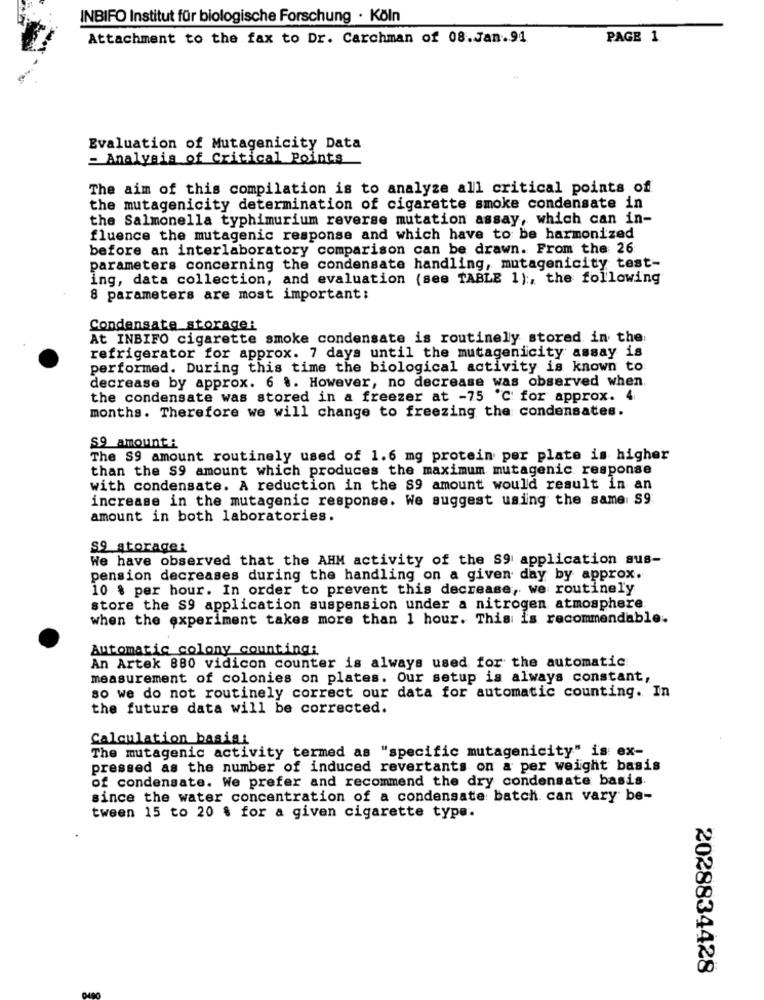
INBIFO Institut für biologische Forschung · Köln
Attachment to the fax to Dr. Carchman of 08.Jan.91
PAGE 1
Evaluation of Mutagenicity Data
= Analysis of Critical Points
The aim of this compilation is to analyze all critical points of
the mutagenicity determination of cigarette smoke condensate in
the Salmonella typhimurium reverse mutation assay, which can in-
fluence the mutagenic response and which have to be harmonized
before an interlaboratory comparison can be drawn. From the 26
parameters concerning the condensate handling, mutagenicity test-
ing, data collection, and evaluation (see TABLE 1) :, the following
8 parameters are most important:
Condensate storage:
At INBIFO cigarette smoke condensate is routinely stored in the
refrigerator for approx. 7 days until the mutagenicity assay is
performed. During this time the biological activity is known to
decrease by approx. 6 .. However, no decrease was observed when
the condensate was stored in a freezer at -75 ℃ for approx. 4
months. Therefore we will change to freezing the condensates.
S9 amount:
The S9 amount routinely used of 1.6 mg protein per plate is higher
than the S9 amount which produces the maximum mutagenic response
with condensate. A reduction in the 89 amount would result in an
increase in the mutagenic response. We suggest using the same S9
amount in both laboratories.
S9 storage:
We have observed that the AHM activity of the S9 application sus-
pension decreases during the handling on a given day by approx.
10 % per hour. In order to prevent this decrease, we routinely
store the S9 application suspension under a nitrogen atmosphere.
when the experiment takes more than 1 hour. This is recommendable.
Automatic colony counting:
An Artek 880 vidicon counter is always used for the automatic
measurement of colonies on plates. Our setup is always constant,
so we do not routinely correct our data for automatic counting. In
the future data will be corrected.
Calculation basis
The mutagenic activity termed as "specific mutagenicity" is ex-
pressed as the number of induced revertants on a per weight basis
of condensate. We prefer and recommend the dry condensate basis.
since the water concentration of a condensate batch can vary be-
tween 15 to 20 % for a given cigarette type.
2028834428